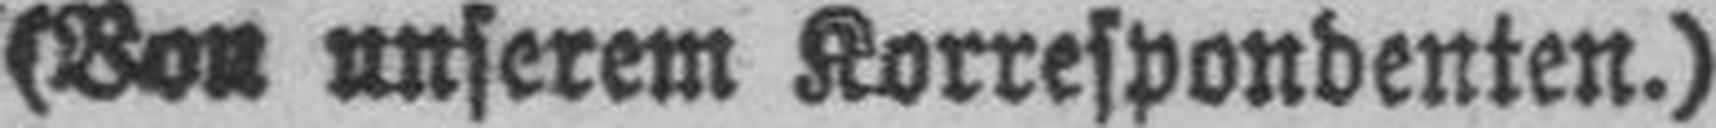
(Von unserem Korrespondenten.)